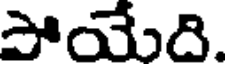
పోయేది.